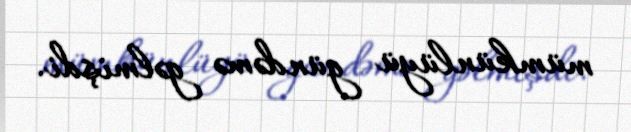
mümkünlüyü gündəmə gəlmişdi.